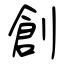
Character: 創